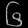
Digit: ၆